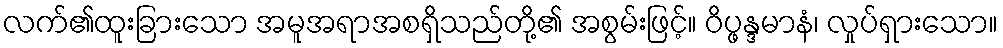
လက်၏ထူးခြားသော အမူအရာအစရှိသည်တို့၏ အစွမ်းဖြင့်။ ဝိပ္ဖန္ဒမာနံ၊ လှုပ်ရှားသော။